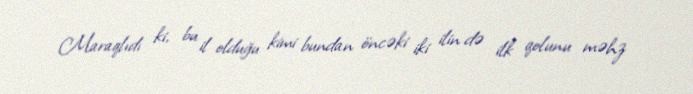
Maraqlıdı ki, bu il olduğu kimi bundan öncəki iki ilin də ilk qolunu məhz